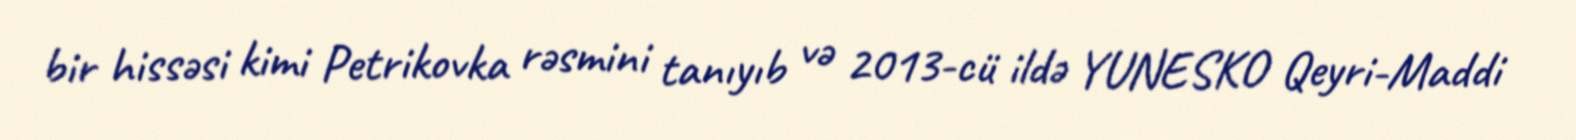
bir hissəsi kimi Petrikovka rəsmini tanıyıb və 2013-cü ildə YUNESKO Qeyri-Maddi